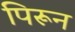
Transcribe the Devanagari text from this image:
पिरून